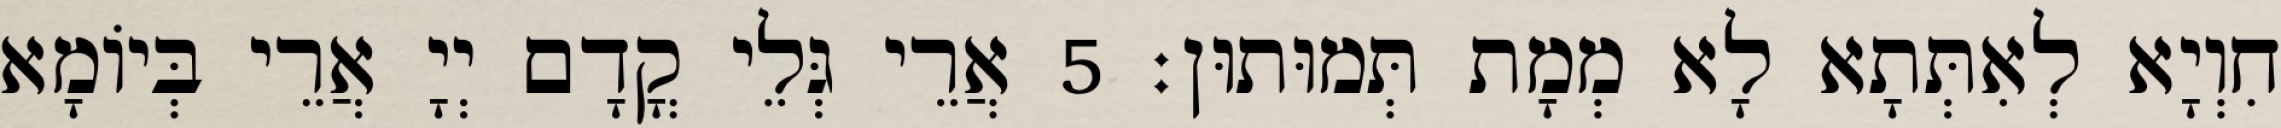
חִוְיָא לְאִתְּתָא לָא מְמָת תְּמוּתוּן׃ 5 אֲרֵי גְּלֵי קֳדָם יְיָ אֲרֵי בְּיוֹמָא